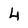
Character: 4